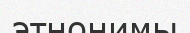
этнонимы